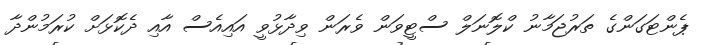
ޕެންޓަގަންގެ ތަރުޖަމާނު ކްލޮނަލް ސްޓީވަން ވެރަން ވިދާޅުވީ އައިއެސް އާއި ދެކޮޅަށް ކުރަމުންދާ